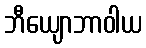
ဘီယျောဘာဝါယ